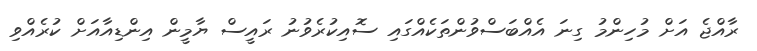
ރާއްޖެ އަށް މުހިންމު ގިނަ އެއްބަސްވުންތަކެއްގައި ސޮއިކުރެވުނު ރައީސް ޔާމީން އިންޑިއާއަށް ކުރެއްވި